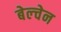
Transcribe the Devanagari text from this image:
बेल्चेन